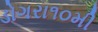
ડોગરા૧૦મી